Reports on dispensaries and lunatic asylums in the Province of Oudh - 1869-1876
Year: 1869
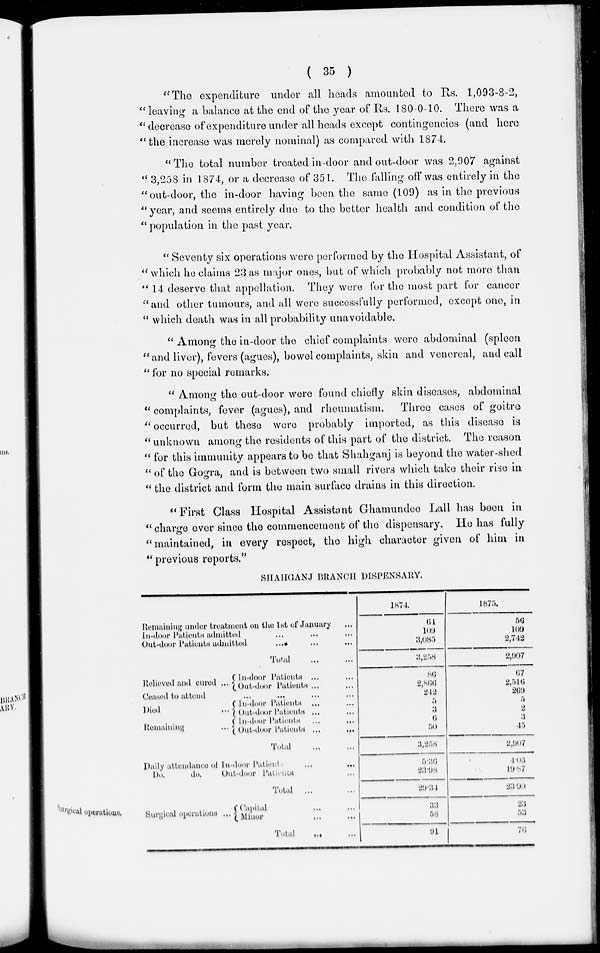
( 35 )
"The expenditure under all heads amounted to Rs. 1,093-8-2,
" leaving a balance at the end of the year of Rs. 180-0-10. There was a
" decrease of expenditure under all heads except contingencies (and here
" the increase was merely nominal) as compared with 1874.
" The total number treated in-door and out-door was 2,907 against
" 3,258 in 1874, or a decrease of 351. The falling off was entirely in the
"out-door, the in-door having been the same (109) as in the previous
"year, and seems entirely due to the better health and condition of the
" population in the past year.
" Seventy six operations were performed by the Hospital Assistant, of
"which he claims 23 as major ones, but of which probably not more than
" 14 deserve that appellation. They were for the most part for cancer
"and other tumours, and all were successfully performed, except one, in
" which death was in all probability unavoidable.
" Among the in-door the chief complaints were abdominal (spleen
"and liver), fevers (agues), bowel complaints, skin and venereal, and call
" for no special remarks.
" Among the out-door were found chiefly skin diseases, abdominal
" complaints, fever (agues), and rheumatism.
Three cases of goitre
" occurred, but these were probably imported, as this disease is
" unknown among the residents of this part of the district. The reason
" for this immunity appears to be that Shahganj is beyond the water-shed
" of the Gogra, and is between two small rivers which take their rise in
" the district and form the main surface drains in this direction.
"First Class Hospital Assistant Ghamundee Lall has been in
"charge over since the commencement of the dispensary. He has fully
"maintained, in every respect, the high character given of him in
" previous reports."
SHAHGANJ BRANCH DISPENSARY.
Remaining under treatment on the 1st of January ...
In-door Patients admitted ... ... ...
Out-door Patients admitted ... ... ...
Total
...
...
1874.
61
109
3,085
3,258
1875.
56
109
2,742
2,907
Relieved and cured ...
In-door Patients ... ...
Out-door Patients ... ...
Ceased to attend
...
...
...
...
Died ...
Remaining ...
In-door Patients ... ...
Out-door Patients ... ...
In-door Patients ... ...
Out-door Patients ... ...
Total ... ...
86
2,866
212
5
3
6
50
3,258
67
2,516
269
5
2
3
45
2,907
Daily attendance of In-door Patient
...
...
Do.
do.
Out-door Patients ...
Total ... ...
5.36
23.98
29.31
4.03
19.87
23.90
Surgical operations.
Surgical operations ...
Capital ... ...
Minor ... ...
Total ... ...
33
58
91
23
53
76